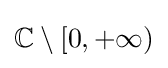
\mathbb {C} \setminus [0,+\infty )